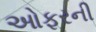
ઓફરની